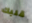
قلبك